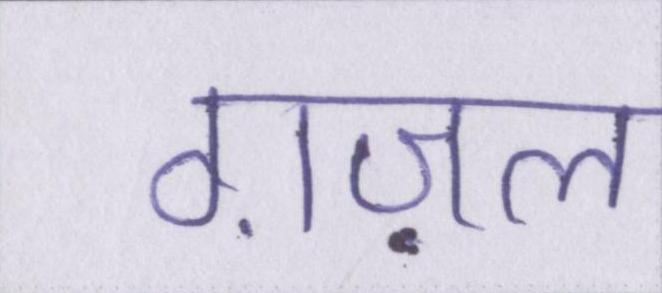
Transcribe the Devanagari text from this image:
ग़ज़ल